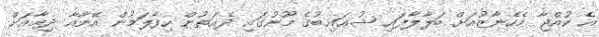
އެ ކުއްޖާ މެހެނާޒުއަށް ބަލާލާފައި ޝުޢައިބުގެ މޫނުގައި ދެއަތުން ހިފާލަމުން އޭނާއާ ދިމާއަށް